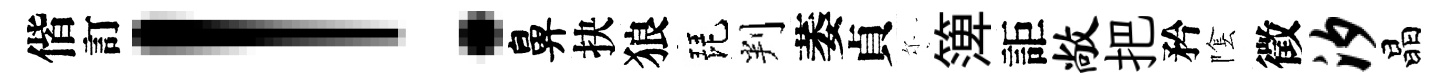
偕訂！鼻抉狼琵判萎貞尓𥱼詎敞把矜隂徵汐晶